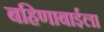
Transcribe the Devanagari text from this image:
बहिणाबाईला